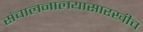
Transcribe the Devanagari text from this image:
संचालनालयासारखीच